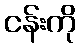
ငန်းကို